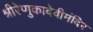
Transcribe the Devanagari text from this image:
श्रीरेणुकादेवीमंदिर